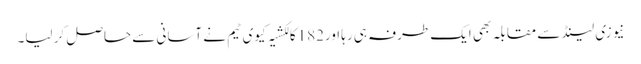
نیوزی لینڈ سے مقابلہ بھی ایک طرفہ ہی رہا اور182کا لکشیہ کیوی ٹیم نے آسانی سے حاصل کر لیا۔